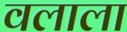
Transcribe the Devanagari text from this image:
वलाला